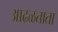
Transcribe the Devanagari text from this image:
आढळताता